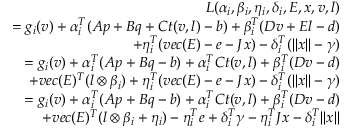
\begin{array} { r } { L ( \alpha _ { i } , \beta _ { i } , \eta _ { i } , \delta _ { i } , E , x , v , l ) } \\ { = g _ { i } ( v ) + \alpha _ { i } ^ { T } ( A p + B q + C t ( v , l ) - b ) + \beta _ { i } ^ { T } ( D v + E l - d ) } \\ { + \eta _ { i } ^ { T } ( v e c ( E ) - e - J x ) - \delta _ { i } ^ { T } ( | | x | | - \gamma ) } \\ { = g _ { i } ( v ) + \alpha _ { i } ^ { T } ( A p + B q - b ) + \alpha _ { i } ^ { T } C t ( v , l ) + \beta _ { i } ^ { T } ( D v - d ) } \\ { + v e c ( E ) ^ { T } ( l \otimes \beta _ { i } ) + \eta _ { i } ^ { T } ( v e c ( E ) - e - J x ) - \delta _ { i } ^ { T } ( | | x | | - \gamma ) } \\ { = g _ { i } ( v ) + \alpha _ { i } ^ { T } ( A p + B q - b ) + \alpha _ { i } ^ { T } C t ( v , l ) + \beta _ { i } ^ { T } ( D v - d ) } \\ { + v e c ( E ) ^ { T } ( l \otimes \beta _ { i } + \eta _ { i } ) - \eta _ { i } ^ { T } e + \delta _ { i } ^ { T } \gamma - \eta _ { i } ^ { T } J x - \delta _ { i } ^ { T } | | x | | } \end{array}